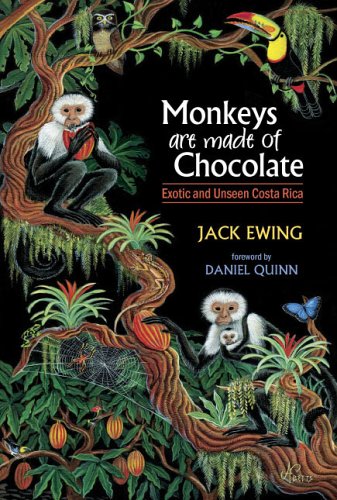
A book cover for Monkeys Are Made of Chocolate: Exotic and Unseen Costa Rica; Jack Ewing; Travel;